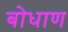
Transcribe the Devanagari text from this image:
बोधाण